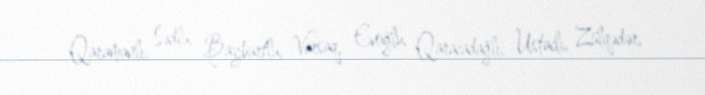
Qaramanlı, Sədlu, Bayburtlu, Varsaq, Evoğlu, Qaracadağlı, Ustaclı, Zülqədər,